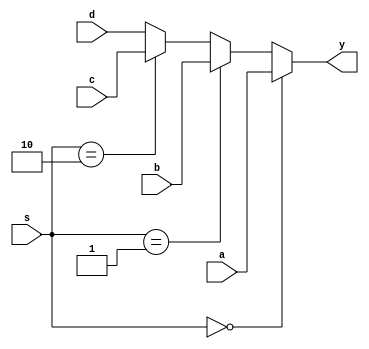
`timescale 1ns / 1ps
//////////////////////////////////////////////////////////////////////////////////
// Company: 
// Engineer: 
// 
// Design Name: 
// Module Name: mux4x1_forwardD
// Project Name: 
// Target Devices: 
// Tool Versions: 
// Description: 
// 
// Dependencies: 
// 
// Revision:
// Revision 0.01 - File Created
// Additional Comments:
// 
//////////////////////////////////////////////////////////////////////////////////


module mux4x1_forwardD(
	input wire [31:0] a,b,c,d,
	input wire [1:0] s,
	output wire [31:0] y
    );
	assign y = (s == 2'b00)? a:
			   (s == 2'b01)? b:
			   (s == 2'b10)? c:
			   				 d;
endmodule